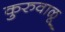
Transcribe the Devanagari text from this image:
कुरुवाळू